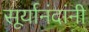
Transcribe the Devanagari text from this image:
सूर्यानंदांनी